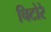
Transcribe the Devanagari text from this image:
चिटोरे